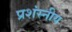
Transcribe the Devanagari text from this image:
प्रशंस्नीय